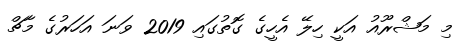
މި މަޝްރޫއު އަކީ ހިލޭ އެހީގެ ގޮތުގައި 2019 ވަނަ އަހަރުގެ މާޗް